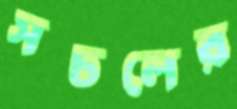
সচলের